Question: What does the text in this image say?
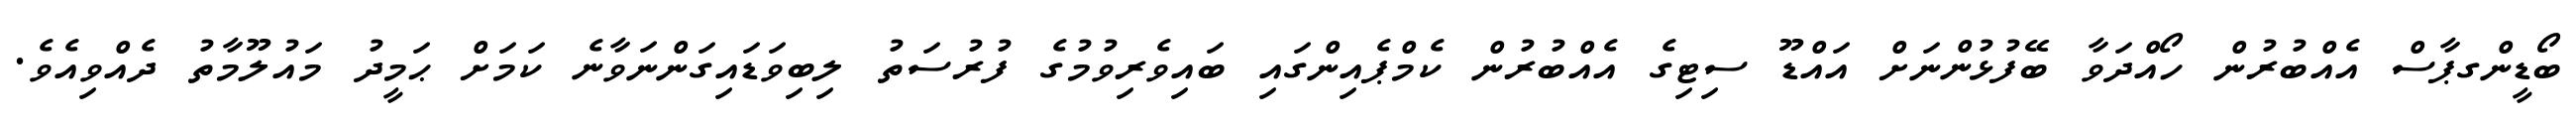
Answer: ބޯޑީންގޕާސް އެއްބުރުން ހޯއްދަވާ ބޭފުޅުންނަށް އައްޑޫ ސިޓިގެ އެއްބުރުން ކެމްޕެއިންގައި ބައިވެރިވުމުގެ ފުރުސަތު ލިބިވަޑައިގަންނަވާނެ ކަމަށް ޙަމީދު މައުލޫމާތު ދެއްވިއެވެ.